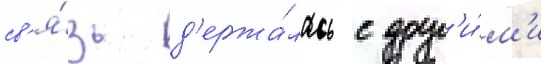
св'я́зь д'ержа́лась с друг'и́м'и